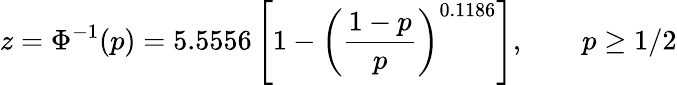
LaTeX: z=\Phi^{-1}(p)=5.5556\left[1-\left({\frac{1-p}{p}}\right)^{0.1186}\right],\qquad p\geq 1/2